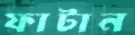
ফাটান